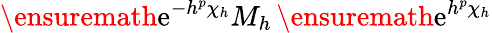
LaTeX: \ensuremath{\mathrm{e}}^{-h^{p}\chi_{h}}M_{h}\, \ensuremath{\mathrm{e}}^{h^{p}\chi_{h}}